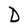
Character: D